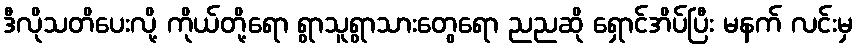
ဒီလိုသတိပေးလို့ ကိုယ်တို့ရော ရွာသူရွာသားတွေရော ညညဆို ရှောင်အိပ်ပြီး မနက် လင်းမှ